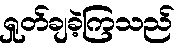
ရှုတ်ချခဲ့ကြသည်